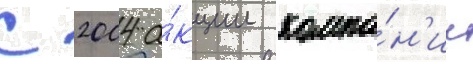
С 2004 а́кции компа́н'ии